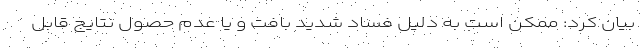
بیان کرد: ممکن است به دلیل فساد شدید بافت و یا عدم حصول نتایج قابل